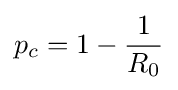
p_{c}=1-{\frac {1}{R_{0}}}